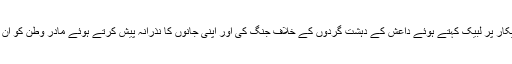
جنہوں نے مادر وطن کی پکار پر لبیک کہتے ہوئے داعش کے دہشت گردوں کے خلاف جنگ کی اور اپنی جانوں کا نذرانہ پیش کرتے ہوئے مادر وطن کو ان دہشت گردوں سےپاک کیا۔